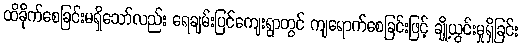
ထိခိုက်စေခြင်းမရှိသော်လည်း ရေချမ်းပြင်ကျေးရွာတွင် ကျရောက်စေခြင်းဖြင့် ချို့ယွင်းမှုရှိခြင်း